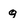
Character: g